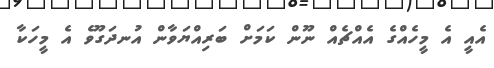
އެއީ އެ މީހެއްގެ އެއްޗެއް ނޫން ކަމަށް ބަރިއްޔަވާން އުނދަގޫވެ އެ މީހަކާ